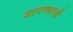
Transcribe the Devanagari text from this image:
जागण्याची